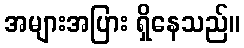
အများအပြား ရှိနေသည်။